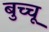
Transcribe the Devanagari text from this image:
बुच्चू